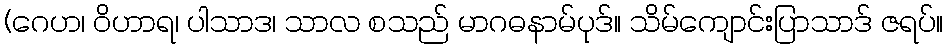
(ဂေဟ၊ ဝိဟာရ၊ ပါသာဒ၊ သာလ စသည် မာဂဓနာမ်ပုဒ်။ သိမ်ကျောင်းပြာသာဒ် ဇရပ်။